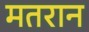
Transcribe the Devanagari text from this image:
मतरान